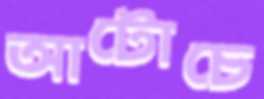
আটোচে